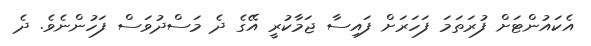
އެކައުންޓަށް ފުރަތަމަ ފަހަރަށް ފައިސާ ޖަމާކުރީ އޭގެ ދެ މަސްދުވަސް ފަހުންނެވެ. ދެ